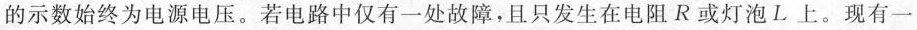
的示数始终为电源电压。若电路中仅有一处故障，且只发生在电阻R或灯泡L上。现有一